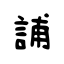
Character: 誧